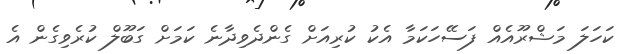
ކަހަލަ މަޝްރޫއެއް ފަސޭހަކަމާ އެކު ކުރިއަށް ގެންދެވިދާނެ ކަމަށް ގަބޫލް ކުރެވިގެން އެ